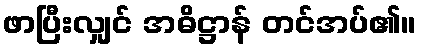
ဖာပြီးလျှင် အဓိဋ္ဌာန် တင်အပ်၏။